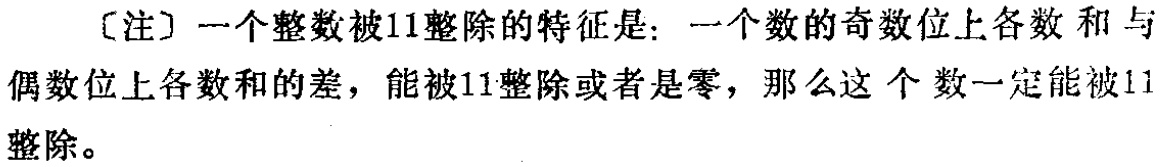
[注] 一个整数被11整除的特征是：一个数的奇数位上各数和与偶数位上各数和的差，能被11整除或者是零，那么这个数一定能被11整除。